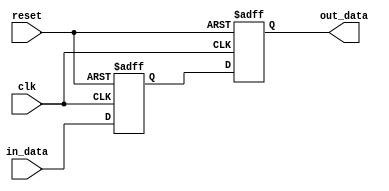
module two_flop_synchronizer (
    input wire clk,
    input wire reset,
    input wire in_data,
    output reg out_data
);

reg flop1, flop2;

always @(posedge clk or posedge reset) begin
    if (reset) begin
        flop1 <= 1'b0;
        flop2 <= 1'b0;
    end else begin
        flop1 <= in_data;
        flop2 <= flop1;
    end
end

assign out_data = flop2;

endmodule